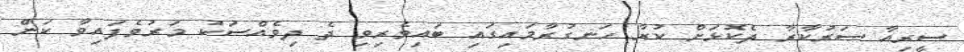
ސީރިއާ ސަރުކާރާ ދެކޮޅަށް ކުރާ ހަނގުރާމައިގައި ބައިވެރިވި ދެ ދިވެއްސަކު މަރުވެފައިވާ ކަން